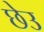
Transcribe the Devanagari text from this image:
छेउ